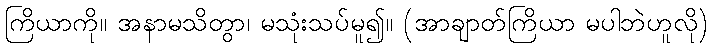
ကြိယာကို။ အနာမသိတွာ၊ မသုံးသပ်မူ၍။ (အာချာတ်ကြိယာ မပါဘဲဟူလို)